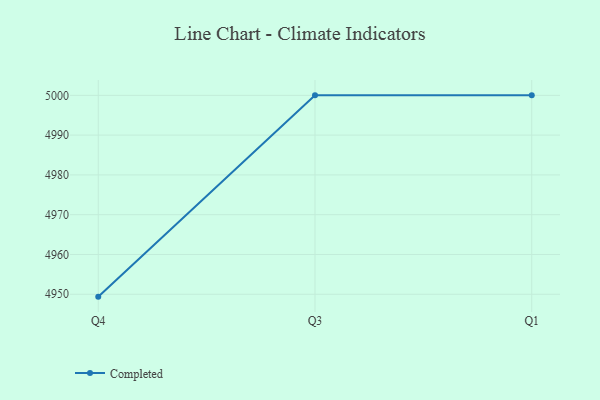
{"axis": {"x": "Quarter", "y": "Market Share (%)"}, "legend": ["Completed"], "data": [{"x": "Q4", "y": 4949.4, "type": "Completed"}, {"x": "Q3", "y": 5000, "type": "Completed"}, {"x": "Q1", "y": 5000, "type": "Completed"}]}